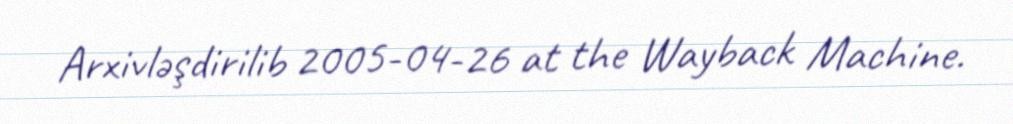
Arxivləşdirilib 2005-04-26 at the Wayback Machine.